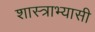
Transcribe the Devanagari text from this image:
शास्त्राभ्यासी